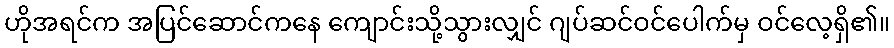
ဟိုအရင်က အပြင်ဆောင်ကနေ ကျောင်းသို့သွားလျှင် ဂျပ်ဆင်ဝင်ပေါက်မှ ဝင်လေ့ရှိ၏။